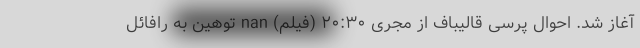
آغاز شد. احوال پرسی قالیباف از مجری ۲۰:۳۰ (فیلم) nan توهین به رافائل